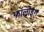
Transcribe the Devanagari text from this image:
फाॅलोइंग